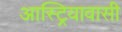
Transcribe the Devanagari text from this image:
आस्ट्रियावासी